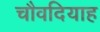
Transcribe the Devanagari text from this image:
चौवदियाह